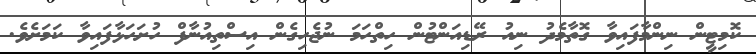
ކޮމިޓީން ނިންމާފައިވާ ގޮތާމެދު ނިއު ރޭޑިއަންޓުން ހިތްހަމަ ނުޖެހިގެން އިސްތިއުނާފް ހުށަހަޅާފައިވާ ކަމަށެވެ.